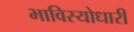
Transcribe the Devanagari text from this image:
भाविस्योधारी